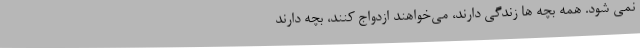
نمی شود. همه بچه ها زندگی دارند، می‌خواهند ازدواج کنند، بچه دارند